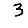
Digit: 3